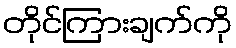
တိုင်ကြားချက်ကို